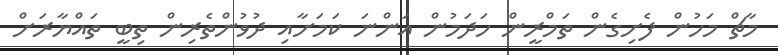
މާޗް މަހުން ފެށިގެން ތަމްރީން ހަދަމުން އަންނަ ކަމަށާއި ދުވުންތެރިން ތިބީ ތައްޔާރަށް